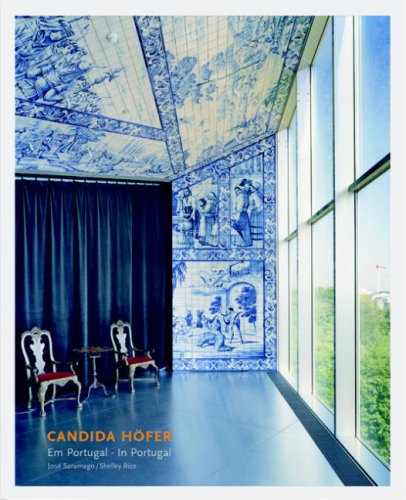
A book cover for Candida HÃ¶fer: In Portugal; Jose Saramago; Health, Fitness & Dieting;